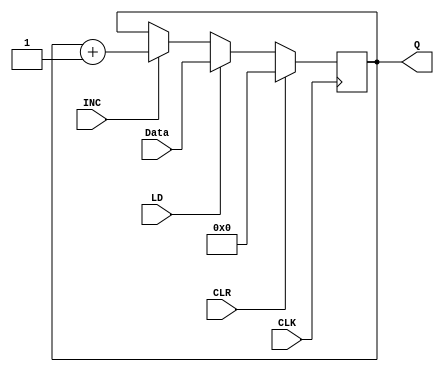
`timescale 1ns / 1ps
//////////////////////////////////////////////////////////////////////////////////
// Company: 
// Engineer: 
// 
// Design Name: 
// Module Name: ACC
// Project Name: 
// Target Devices: 
// Tool Versions: 
// Description: 
// 
// Dependencies: 
// 
// Revision:
// Revision 0.01 - File Created
// Additional Comments:
// 
//////////////////////////////////////////////////////////////////////////////////


module ACC(Q, INC, Data, LD, CLK, CLR);

 	output reg [7:0] Q;
	input [7:0] Data;
	input INC, LD, CLK, CLR;
	
	 initial Q = 0;
	
	always @(posedge CLK)
	begin
		if(CLR)
			Q = 8'b0;
		else if(LD)
			Q = Data;
		else if(INC)
			Q = Q + 1;
	end	
endmodule